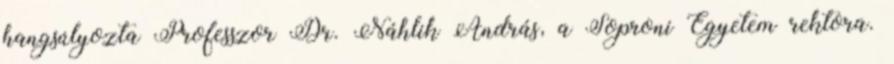
hangsúlyozta Professzor Dr. Náhlik András, a Soproni Egyetem rektora.